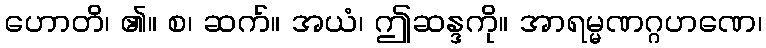
ဟောတိ၊ ၏။ စ၊ ဆက်။ အယံ၊ ဤဆန္ဒကို။ အာရမ္မဏဂ္ဂဟဏေ၊